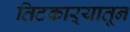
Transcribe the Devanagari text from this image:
तिटकाऱ्यातून